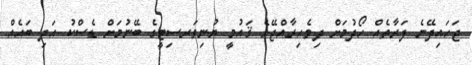
ޖަހައިދޭނެ ފަރާތެއް ހޯދުމަށް ދިވެހިރާއްޖޭގެ ޤައުމީ ޔުނިވަރސިޓީގެ ބޭނުމަށް ޑެސްކު އަދި ބައެއް